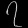
Digit: ၇